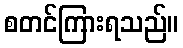
စတင်ကြားရသည်။